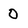
Character: 0